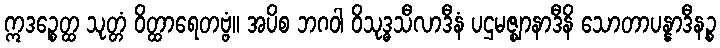
ဣဒဉ္စေတ္ထ သုတ္တံ ဝိတ္ထာရေတဗ္ဗံ။ အပိစ ဘဂဝါ ဝိသုဒ္ဓသီလာဒီနံ ပဌမဇ္ဈာနာဒီနိ သောတာပန္နာဒီနဉ္စ